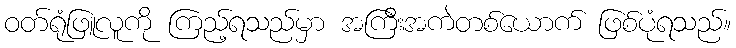
ဝတ်ရုံဖြူလူကို ကြည့်ရသည်မှာ အကြီးအကဲတစ်ယောက် ဖြစ်ပုံရသည်။